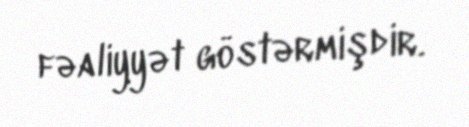
fəaliyyət göstərmişdir.